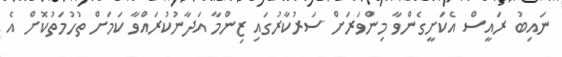
ނައިބު ރައީސް އެކަށީގެންވާ މިންވަރަށް ސަރުކާރުގައި ޒިންމާ އަދާނުކުރައްވާ ކަމަށް ތުހުމަތުކޮށް އެ